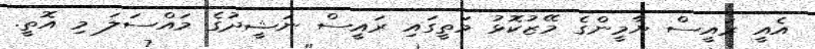
އެއީ ރައީސް ޔާމީންގެ މޭޒުކޮޅު މަތީގައި ރައީސް ނަޝީދުގެ މައްސަލަ މި އޮތީ.